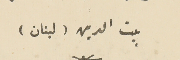
بيت الدين (لبنان)